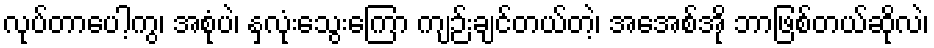
လုပ်တာပေါ့ကွ၊ အစုံပဲ၊ နှလုံးသွေးကြော ကျဉ်းချင်တယ်တဲ့၊ အေအစ်အို ဘာဖြစ်တယ်ဆိုလဲ၊